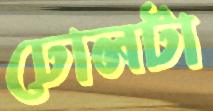
ঢোলটা